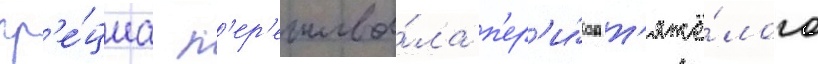
гр'е́циа п'ер'ежива́ла п'ер'и́од т'яжё́лого